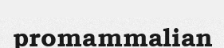
promammalian